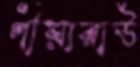
পীয়ারাউ